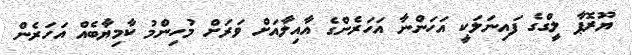
ޔޫރޮޕާ ލީގްގެ ފައިނަލަކީ އަހަންނާ އަހަރެންގެ އާއިލާއަށް ވަރަށް މުހިންމު ކާމިޔާބެއް އަހަރެން